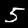
Label: 5